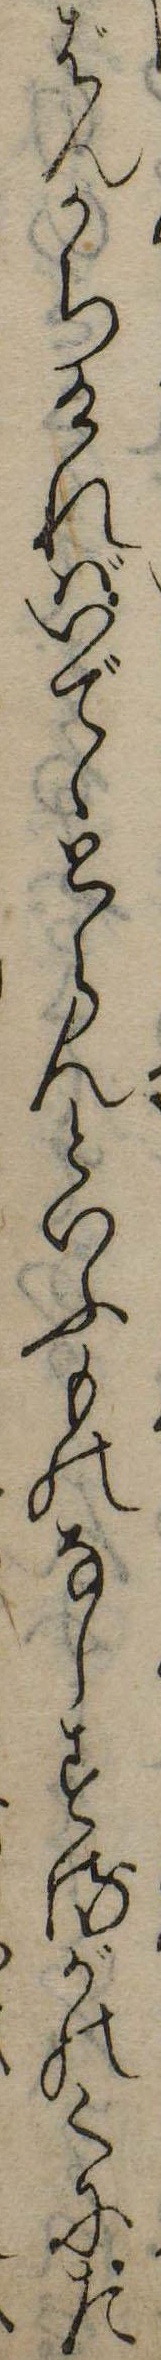
ばんかちければいでゝとらんといふものなしするがのくにた